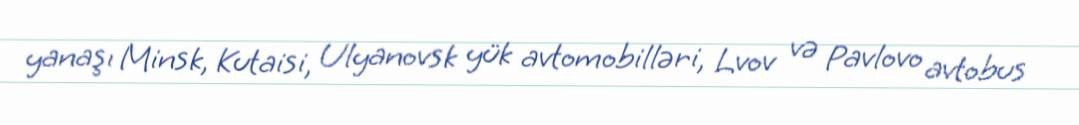
yanaşı Minsk, Kutaisi, Ulyanovsk yük avtomobilləri, Lvov və Pavlovo avtobus